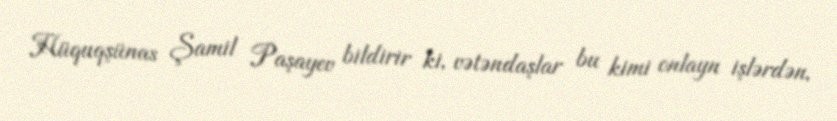
Hüquqşünas Şamil Paşayev bildirir ki, vətəndaşlar bu kimi onlayn işlərdən,